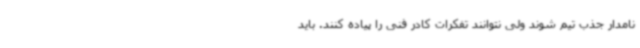
نامدار جذب تیم شوند ولی نتوانند تفکرات کادر فنی را پیاده کنند. باید